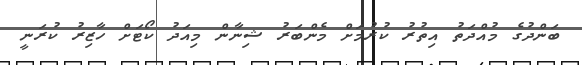
ބަންދުގެ މުއްދަތު އިތުރު ކުރުމަށް މެންބަރު ޝިނާން މިއަދު ކޯޓަށް ހާޒިރު ކުރަނީ